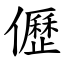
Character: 儮